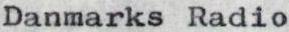
DanmarksRadio